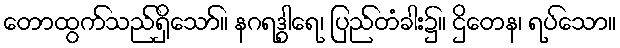
တောထွက်သည်ရှိသော်။ နဂရဒွါရေ၊ ပြည်တံခါး၌။ ဌိတေန၊ ရပ်သော။